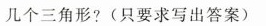
几个三角形?(只要求写出答案)